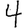
Digit: 4